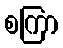
စကြာ